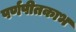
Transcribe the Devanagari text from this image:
पर्णपीतकाभ